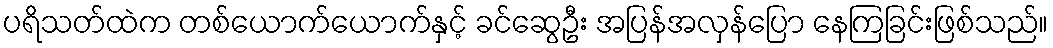
ပရိသတ်ထဲက တစ်ယောက်ယောက်နှင့် ခင်ဆွေဦး အပြန်အလှန်ပြော နေကြခြင်းဖြစ်သည်။